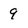
Character: 9